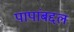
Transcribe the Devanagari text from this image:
पापांबद्दल